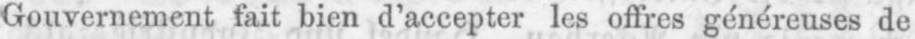
Gouvernement fait bien d’accepter les offres généreuses de